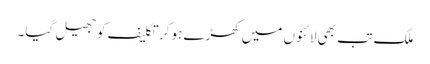
ملک تب بھی لائنوں میں کھڑے ہو کر تکلیف کو جھیل گیا۔